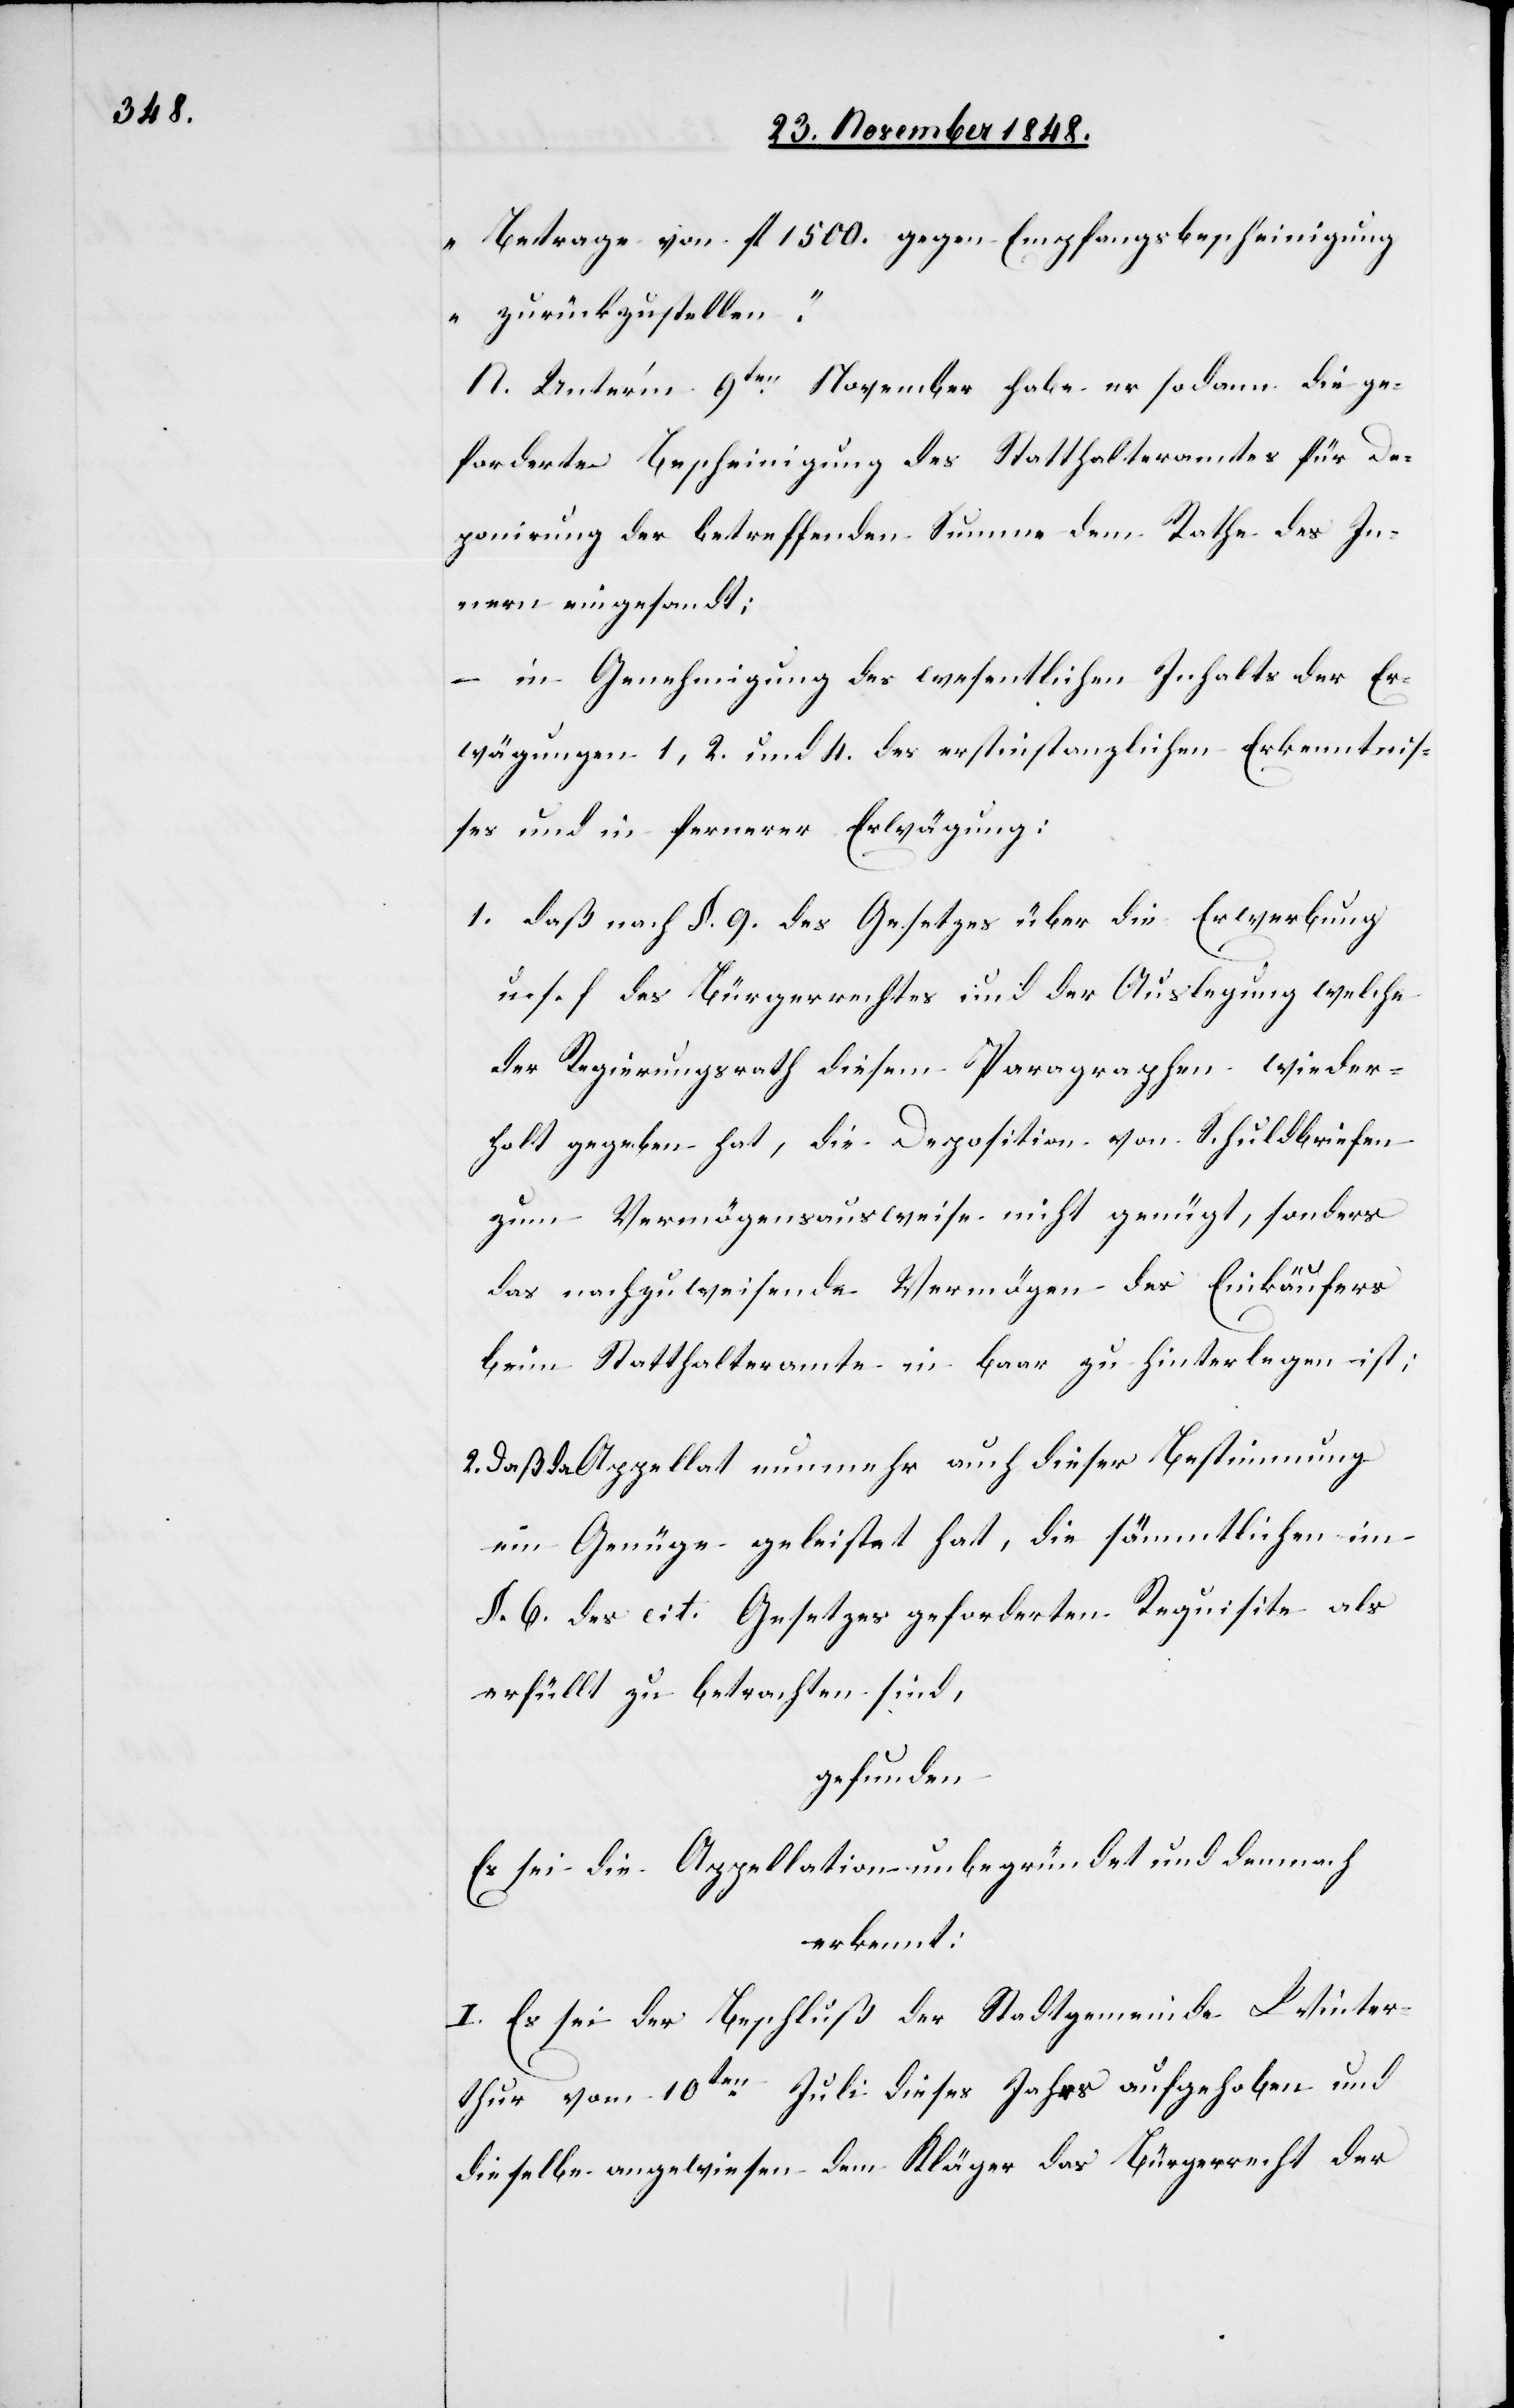
Betrage von fl. 1500. gegen Empfangsbescheinigung
zurückzustellen.“
N. Unter’m 9ten November habe er sodann die ge¬
forderte Bescheinigung des Statthalteramtes für De¬
ponirung der betreffenden Summe dem Rathe des In¬
nern eingesandt;
– in Genehmigung des wesentlichen Inhalts der Er¬
wägungen 1, 2. und 4. des erstinstanzlichen Erkenntnis¬
ses und in fernerer Erwägung:
1. daß nach §. 9. des Gesetzes über die Erwerbung
u. s. f. des Bürgerrechtes und der Auslegung welche
der Regierungsrath diesem Paragraphen wieder¬
holt gegeben hat, die Deposition von Schuldbriefen
zum Vermögensausweise nicht genügt, sonders
das nachzuweisende Vermögen des Einkäufers
beim Statthalteramte in baar zu hinterlegen ist;
2. Daß da Appellat nunmehr auch dieser Bestimmung
ein Genüge geleistet hat, die sämmtlichen im
§. 6. des cit. Gesetzes geforderten Requisite als
erfüllt zu betrachten sind,
gefunden:
Es sei die Appellation unbegründet und demnach
erkennt:
I. Es sei der Beschluß der Stadtgemeinde Winter¬
thur vom 10ten Juli dieses Jahrs aufgehoben und
dieselbe angewiesen dem Kläger das Bürgerrecht der